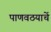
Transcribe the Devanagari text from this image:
पाणवठयाचें